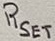
Text: RSET